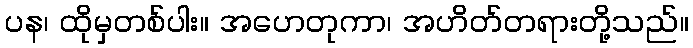
ပန၊ ထိုမှတစ်ပါး။ အဟေတုကာ၊ အဟိတ်တရားတို့သည်။